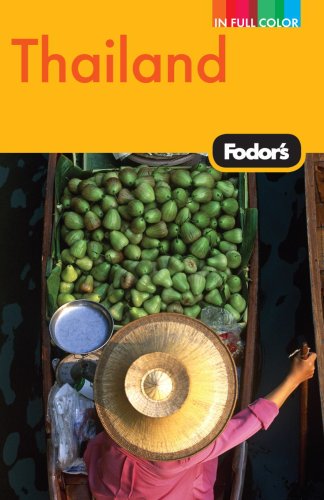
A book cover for Fodor's Thailand, 11th Edition: With Side Trips to Cambodia & Laos (Full-color Travel Guide); Fodor's; Travel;